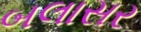
બલાસર